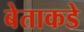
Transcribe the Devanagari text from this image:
बेताकडे